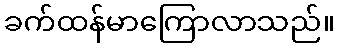
ခက်ထန်မာကြောလာသည်။